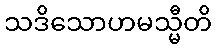
သဒိသောဟမသ္မီတိ